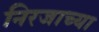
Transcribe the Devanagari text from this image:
निरजाच्या